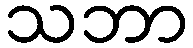
သဘာ